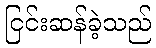
ငြင်းဆန်ခဲ့သည်